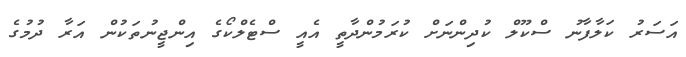
އަސަރު ކަލާފާނު ސްކޫލް ކުދިންނަށް ކުރަމުންދާތީ އެއީ ސްޓެލްކޯގެ އިންޖީނުތަކުން އަރާ ދުމުގެ